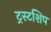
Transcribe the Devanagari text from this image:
ट्रस्टशिप